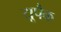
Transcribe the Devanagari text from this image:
यूपैक